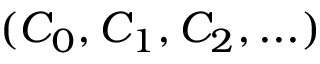
( C _ { 0 } , C _ { 1 } , C _ { 2 } , . . . )